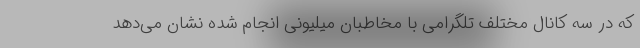
که در سه کانال مختلف تلگرامی با مخاطبان میلیونی انجام شده نشان می‌دهد